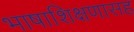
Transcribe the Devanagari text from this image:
भाषाशिक्षणासह